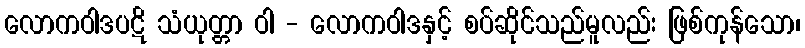
လောကဝါဒပဋိ သံယုတ္တာ ဝါ - လောကဝါဒနှင့် စပ်ဆိုင်သည်မူလည်း ဖြစ်ကုန်သော၊